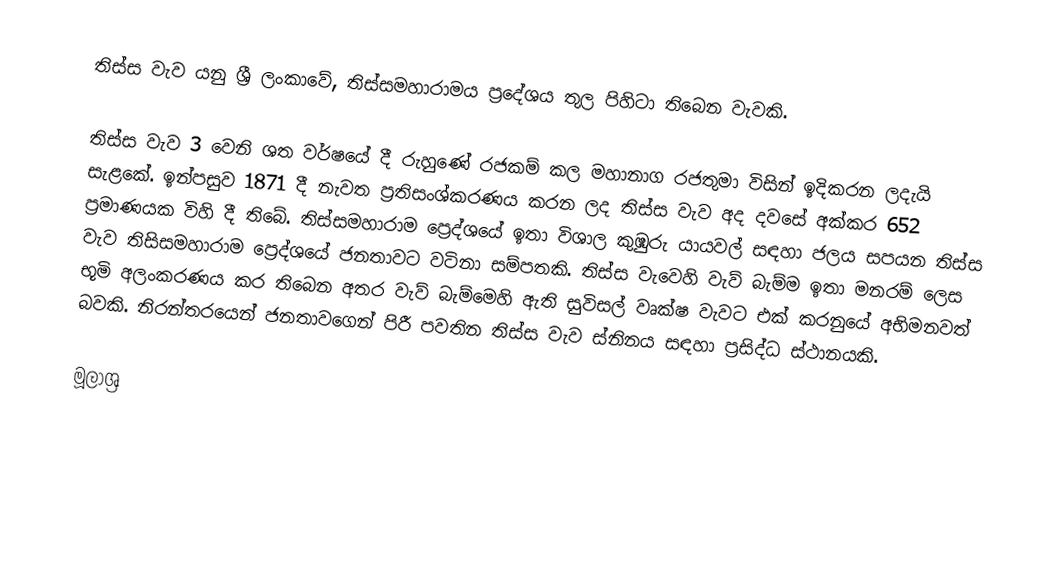
තිස්ස වැව යනු ශ්‍රී ලංකාවේ, තිස්සමහාරාමය ප්‍රදේශය තුල පිහිටා තිබෙන වැවකි.

තිස්ස වැව 3 වෙනි ශත වර්ෂයේ දී රුහුණේ රජකම් කල මහානාග රජතුමා විසින් ඉදිකරන ලදැයි සැළකේ. ඉන්පසුව 1871 දී නැවත ප්‍රතිසංශ්කරණය කරන ලද තිස්ස වැව අද දවසේ අක්කර 652 ප්‍රමාණයක විහි දී තිබේ. තිස්සමහාරාම ප්‍රෙද්ශයේ ඉතා විශාල කුඹුරු යායවල් සඳහා ජලය සපයන තිස්ස වැව තිසිසමහාරාම ප්‍රෙද්ශයේ ජනතාවට වටිනා සම්පතකි. තිස්ස වැවෙහි වැව් බැම්ම ඉතා මනරම් ලෙස භූමි අලංකරණය කර තිබෙන අතර වැව් බැම්මෙහි ඇති සුවිසල් වෘක්ෂ වැවට එක් කරනුයේ අභිමනවත් බවකි. නිරන්තරයෙන් ජනතාවගෙන් පිරී පවතින තිස්ස වැව ස්නිනය සඳහා ප්‍රසිද්ධ ස්ථානයකි.

මූලාශ්‍ර